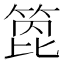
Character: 箆